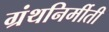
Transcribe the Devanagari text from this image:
ग्रंथनिर्मीती